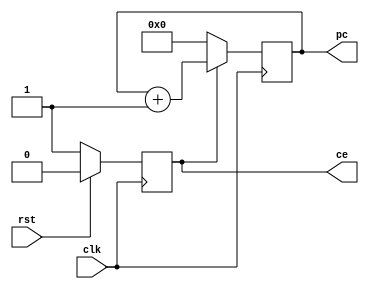
`timescale 1ns / 1ps
//////////////////////////////////////////////////////////////////////////////////
// Company: 
// Engineer: 
// 
// Design Name: 
// Module Name: PC_module
// Project Name: 
// Target Devices: 
// Tool Versions: 
// Description: 
// 
// Dependencies: 
// 
// Revision:
// Revision 0.01 - File Created
// Additional Comments:
// 
//////////////////////////////////////////////////////////////////////////////////


module PC_reg(
    input   clk,
    input   rst,
    output  reg [5:0] pc,
    output  reg ce
);
always @(posedge clk) 
begin
    if(ce == 1'b0)
    begin
        pc <= 6'h00;
    end
    else
    begin
        pc <= pc+1;
    end
end
//rstce0rstce1pc
always @(posedge clk) 
begin
    if (rst == 1'b1) begin
        ce <= 1'b0;
    end
    else
    begin
        ce <= 1'b1;
    end
end
endmodule


module rom(
    input ce,
    input [5:0] addr,
    output  reg[31:0] inst
);
    reg[31:0]   rom[63:0];
    initial $readmemh ("rom.data", rom);
    always @(*) begin
        if (ce==1'b0)
        begin
            inst <= 32'h0;
        end
        else
        begin
            inst <= rom[addr];
        end
    end
endmodule


module inst_fetch(
    input clk,
    input rst,
    output [31:0]   inst
);
    wire [5:0] pc;
    wire rom_ce;
    PC_reg pc_reg0(
        .clk(clk),
        .ce(rom_ce),
        .pc(pc),
        .rst(rst)
    );
    rom rom0(
        .inst(inst),
        .addr(pc),
        .ce(rom_ce)
    );
    
endmodule